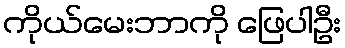
ကိုယ်မေးဘာကို ဖြေပါဦး